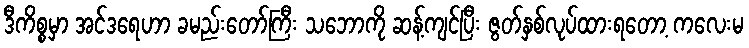
ဒီကိစ္စမှာ အင်ဒရေဟာ ခမည်းတော်ကြီး သဘောကို ဆန့်ကျင်ပြီး ဇွတ်နှစ်လုပ်ထားရတော့ ကလေးမ